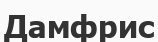
Дамфрис